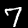
Label: 7